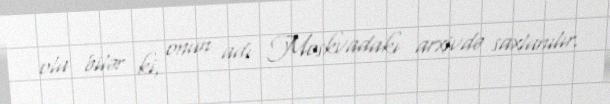
ola bilər ki, onun adı Moskvadakı arxivdə saxlanılır.